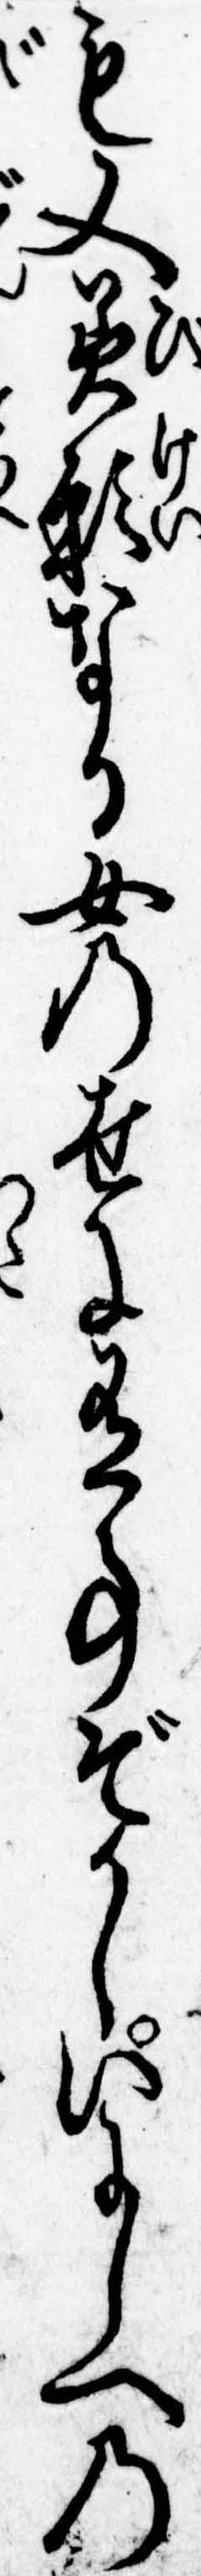
も又美形なる女の世に有事ぞかしいにしへの